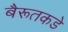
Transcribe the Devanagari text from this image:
बैरूतकडे